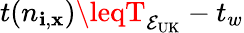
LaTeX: t(n_{\mathbf{i},\mathbf{x}})\leqT_{\mathcal{{E_{\mathrm{{UK}}}}}}-t_{w}